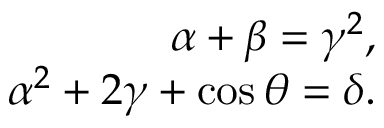
\begin{array} { r } { \alpha + \beta = \gamma ^ { 2 } , } \\ { \alpha ^ { 2 } + 2 \gamma + \cos \theta = \delta . } \end{array}